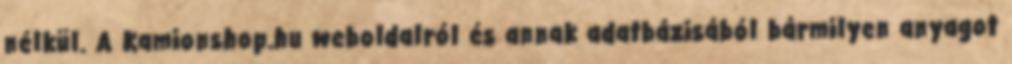
nélkül. A Kamionshop.hu weboldalról és annak adatbázisából bármilyen anyagot